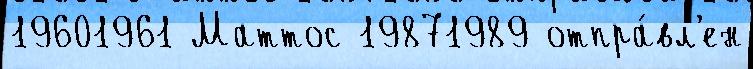
19601961 Маттос 19871989 отпра́вл'ен